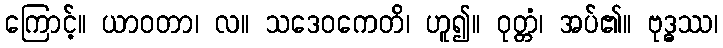
ကြောင့်။ ယာဝတာ၊ လ။ သဒေဝကေတိ၊ ဟူ၍။ ဝုတ္တံ၊ အပ်၏။ ဗုဒ္ဓဿ၊